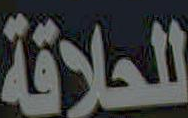
للحلاقة